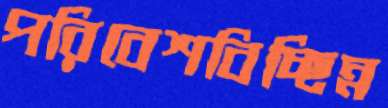
পরিবেশবিচ্ছিন্ন